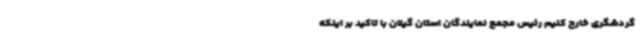
گردشگری خارج کنیم رئیس مجمع نمایندگان استان گیلان با تاکید بر اینکه